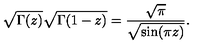
\sqrt { \Gamma ( z ) } \sqrt { \Gamma ( 1 - z ) } = { \frac { \sqrt \pi } { \sqrt { \sin ( \pi z ) } } } .